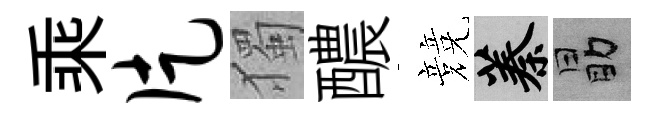
乘片獨醲競蓁勗